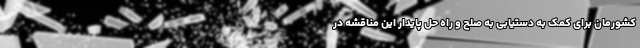
کشورمان برای کمک به دستیابی به صلح و راه حل پایدار این مناقشه در